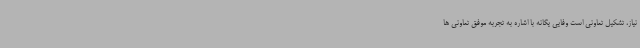
نیاز، تشکیل تعاونی است وفایی یگانه با اشاره به تجربه موفق تعاونی ها